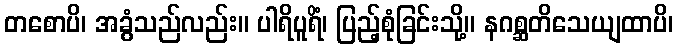
တစောပိ၊ အခွံသည်လည်း။ ပါရိပူရိံ၊ ပြည့်စုံခြင်းသို့။ နဂစ္ဆတိသေယျထာပိ၊